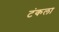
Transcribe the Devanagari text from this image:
टंकला